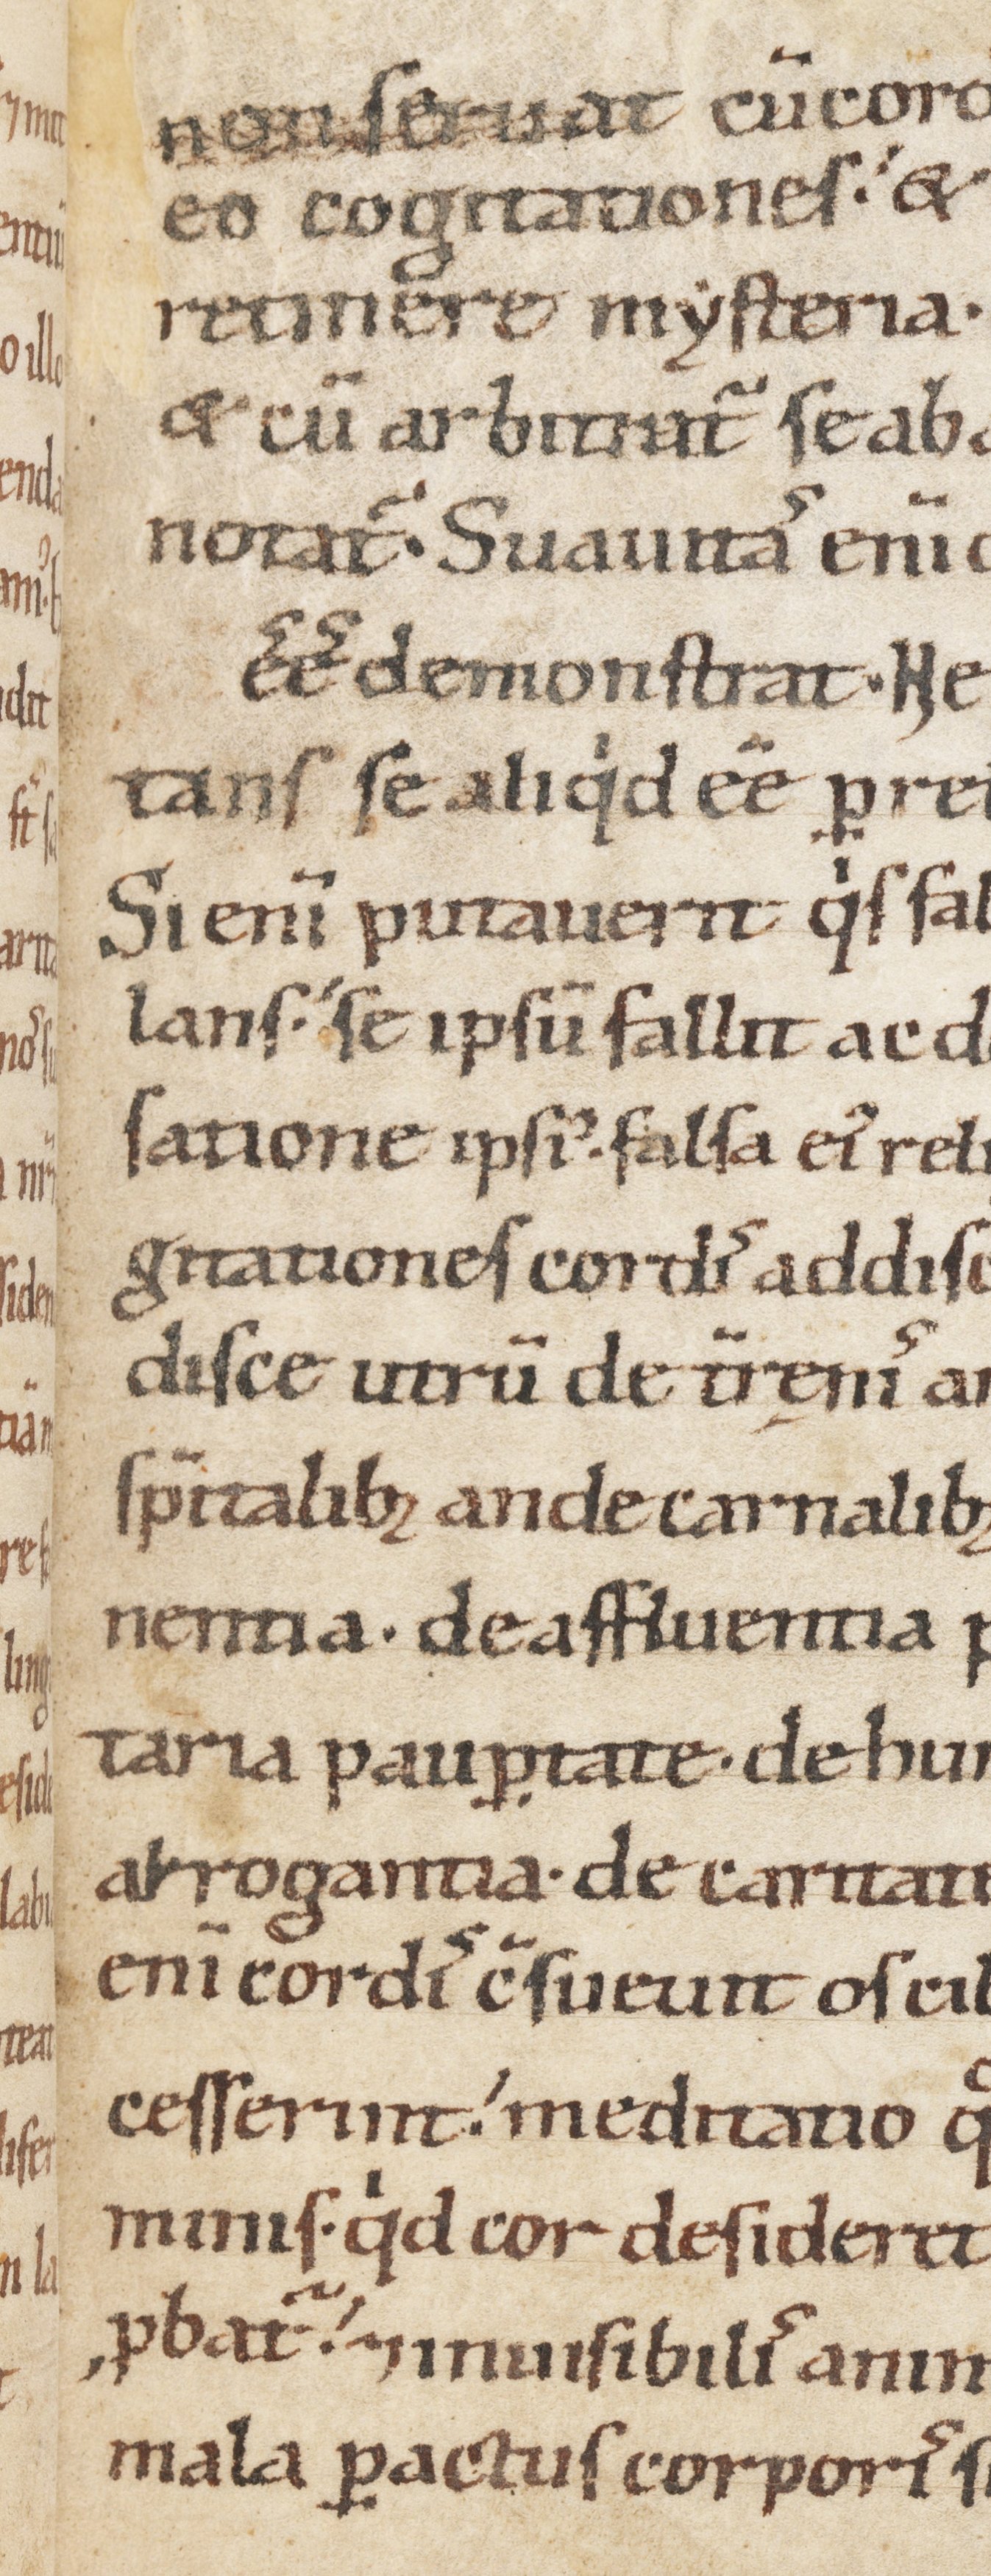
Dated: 1100–1199